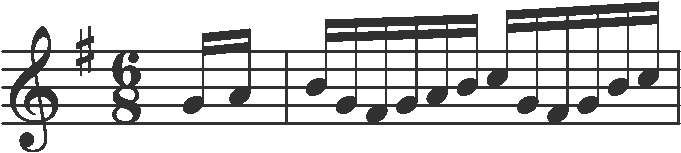
Transcription: clef-G2 keySignature-GM timeSignature-6/8 note-G4_sixteenth note-A4_sixteenth barline note-B4_sixteenth note-G4_sixteenth note-F#4_sixteenth note-G4_sixteenth note-A4_sixteenth note-B4_sixteenth note-C5_sixteenth note-G4_sixteenth note-F#4_sixteenth note-G4_sixteenth note-B4_sixteenth note-C5_sixteenth barline